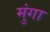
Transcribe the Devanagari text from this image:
मुंगा